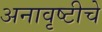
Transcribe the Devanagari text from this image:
अनावृष्टीचे